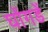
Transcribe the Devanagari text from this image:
घोंगडें